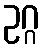
ဥဂ္ဂ